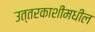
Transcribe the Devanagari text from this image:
उत्तरकाशीमधील